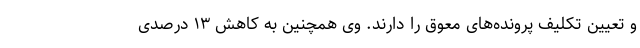
و تعیین تکلیف پرونده‌های معوق را دارند. وی همچنین به کاهش ۱۳ درصدی